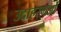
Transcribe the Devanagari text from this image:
उदाहरणओं